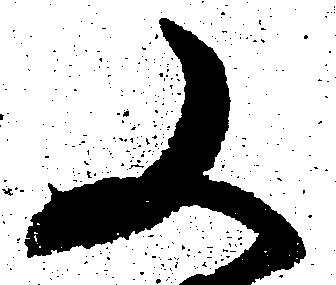
又